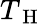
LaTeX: T_{\mathrm{~H~}}